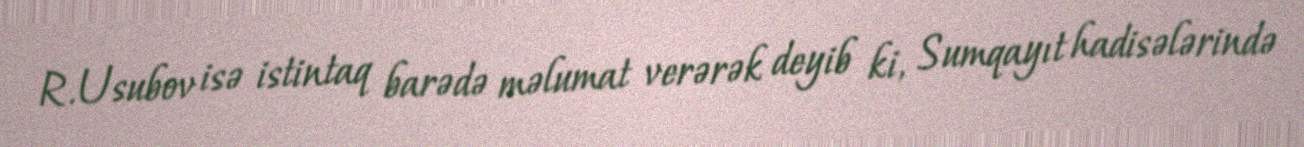
R.Usubov isə istintaq barədə məlumat verərək deyib ki, Sumqayıt hadisələrində